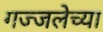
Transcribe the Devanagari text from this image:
गज्जलेच्या